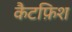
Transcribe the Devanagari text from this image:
कैटफ़िश